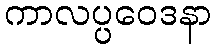
ကာလပ္ပဝေဒနာ